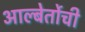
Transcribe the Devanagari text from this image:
आल्बेर्तोची